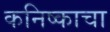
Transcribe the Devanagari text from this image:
कनिष्काचा